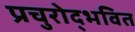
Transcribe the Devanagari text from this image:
प्रचुरोद्भवित